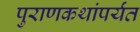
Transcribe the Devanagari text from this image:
पुराणकथांपर्यंत